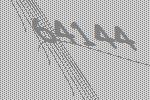
64144